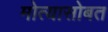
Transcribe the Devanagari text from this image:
मोत्यासोबत